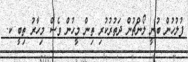
ފުލުހުން ބުނީ ލޯންޗުން ދަތުރުކުރި ތިން މީހުން ވެސް މިހާރު ތިބީ ކ.